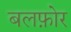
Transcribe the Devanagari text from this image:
बलफ़ोर